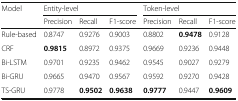
<table><thead><tr><td rowspan="2"><b>Model</b></td><td colspan="3"><b>Entity-level</b></td><td colspan="3"><b>Token-level</b></td></tr><tr><td><b>Precision</b></td><td><b>Recall</b></td><td><b>F1-score</b></td><td><b>Precision</b></td><td><b>Recall</b></td><td><b>F1-score</b></td></tr></thead><tbody><tr><td>Rule-based</td><td>0.8747</td><td>0.9276</td><td>0.9003</td><td>0.8802</td><td><b>0.9478</b></td><td>0.9128</td></tr><tr><td>CRF</td><td><b>0.9815</b></td><td>0.8972</td><td>0.9375</td><td>0.9669</td><td>0.9236</td><td>0.9448</td></tr><tr><td>Bi-LSTM</td><td>0.9701</td><td>0.9235</td><td>0.9462</td><td>0.9545</td><td>0.9027</td><td>0.9279</td></tr><tr><td>Bi-GRU</td><td>0.9665</td><td>0.9470</td><td>0.9567</td><td>0.9592</td><td>0.9270</td><td>0.9428</td></tr><tr><td>TS-GRU</td><td>0.9778</td><td><b>0.9502</b></td><td><b>0.9638</b></td><td><b>0.9777</b></td><td>0.9447</td><td><b>0.9609</b></td></tr></tbody></table>